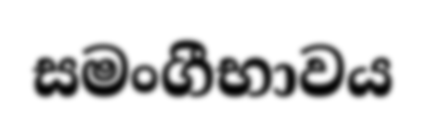
සමංගීභාවය